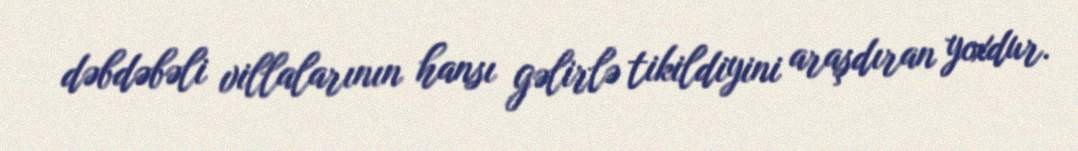
dəbdəbəli villalarının hansı gəlirlə tikildiyini araşdıran yoxdur.